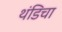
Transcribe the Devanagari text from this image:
थंडिचा